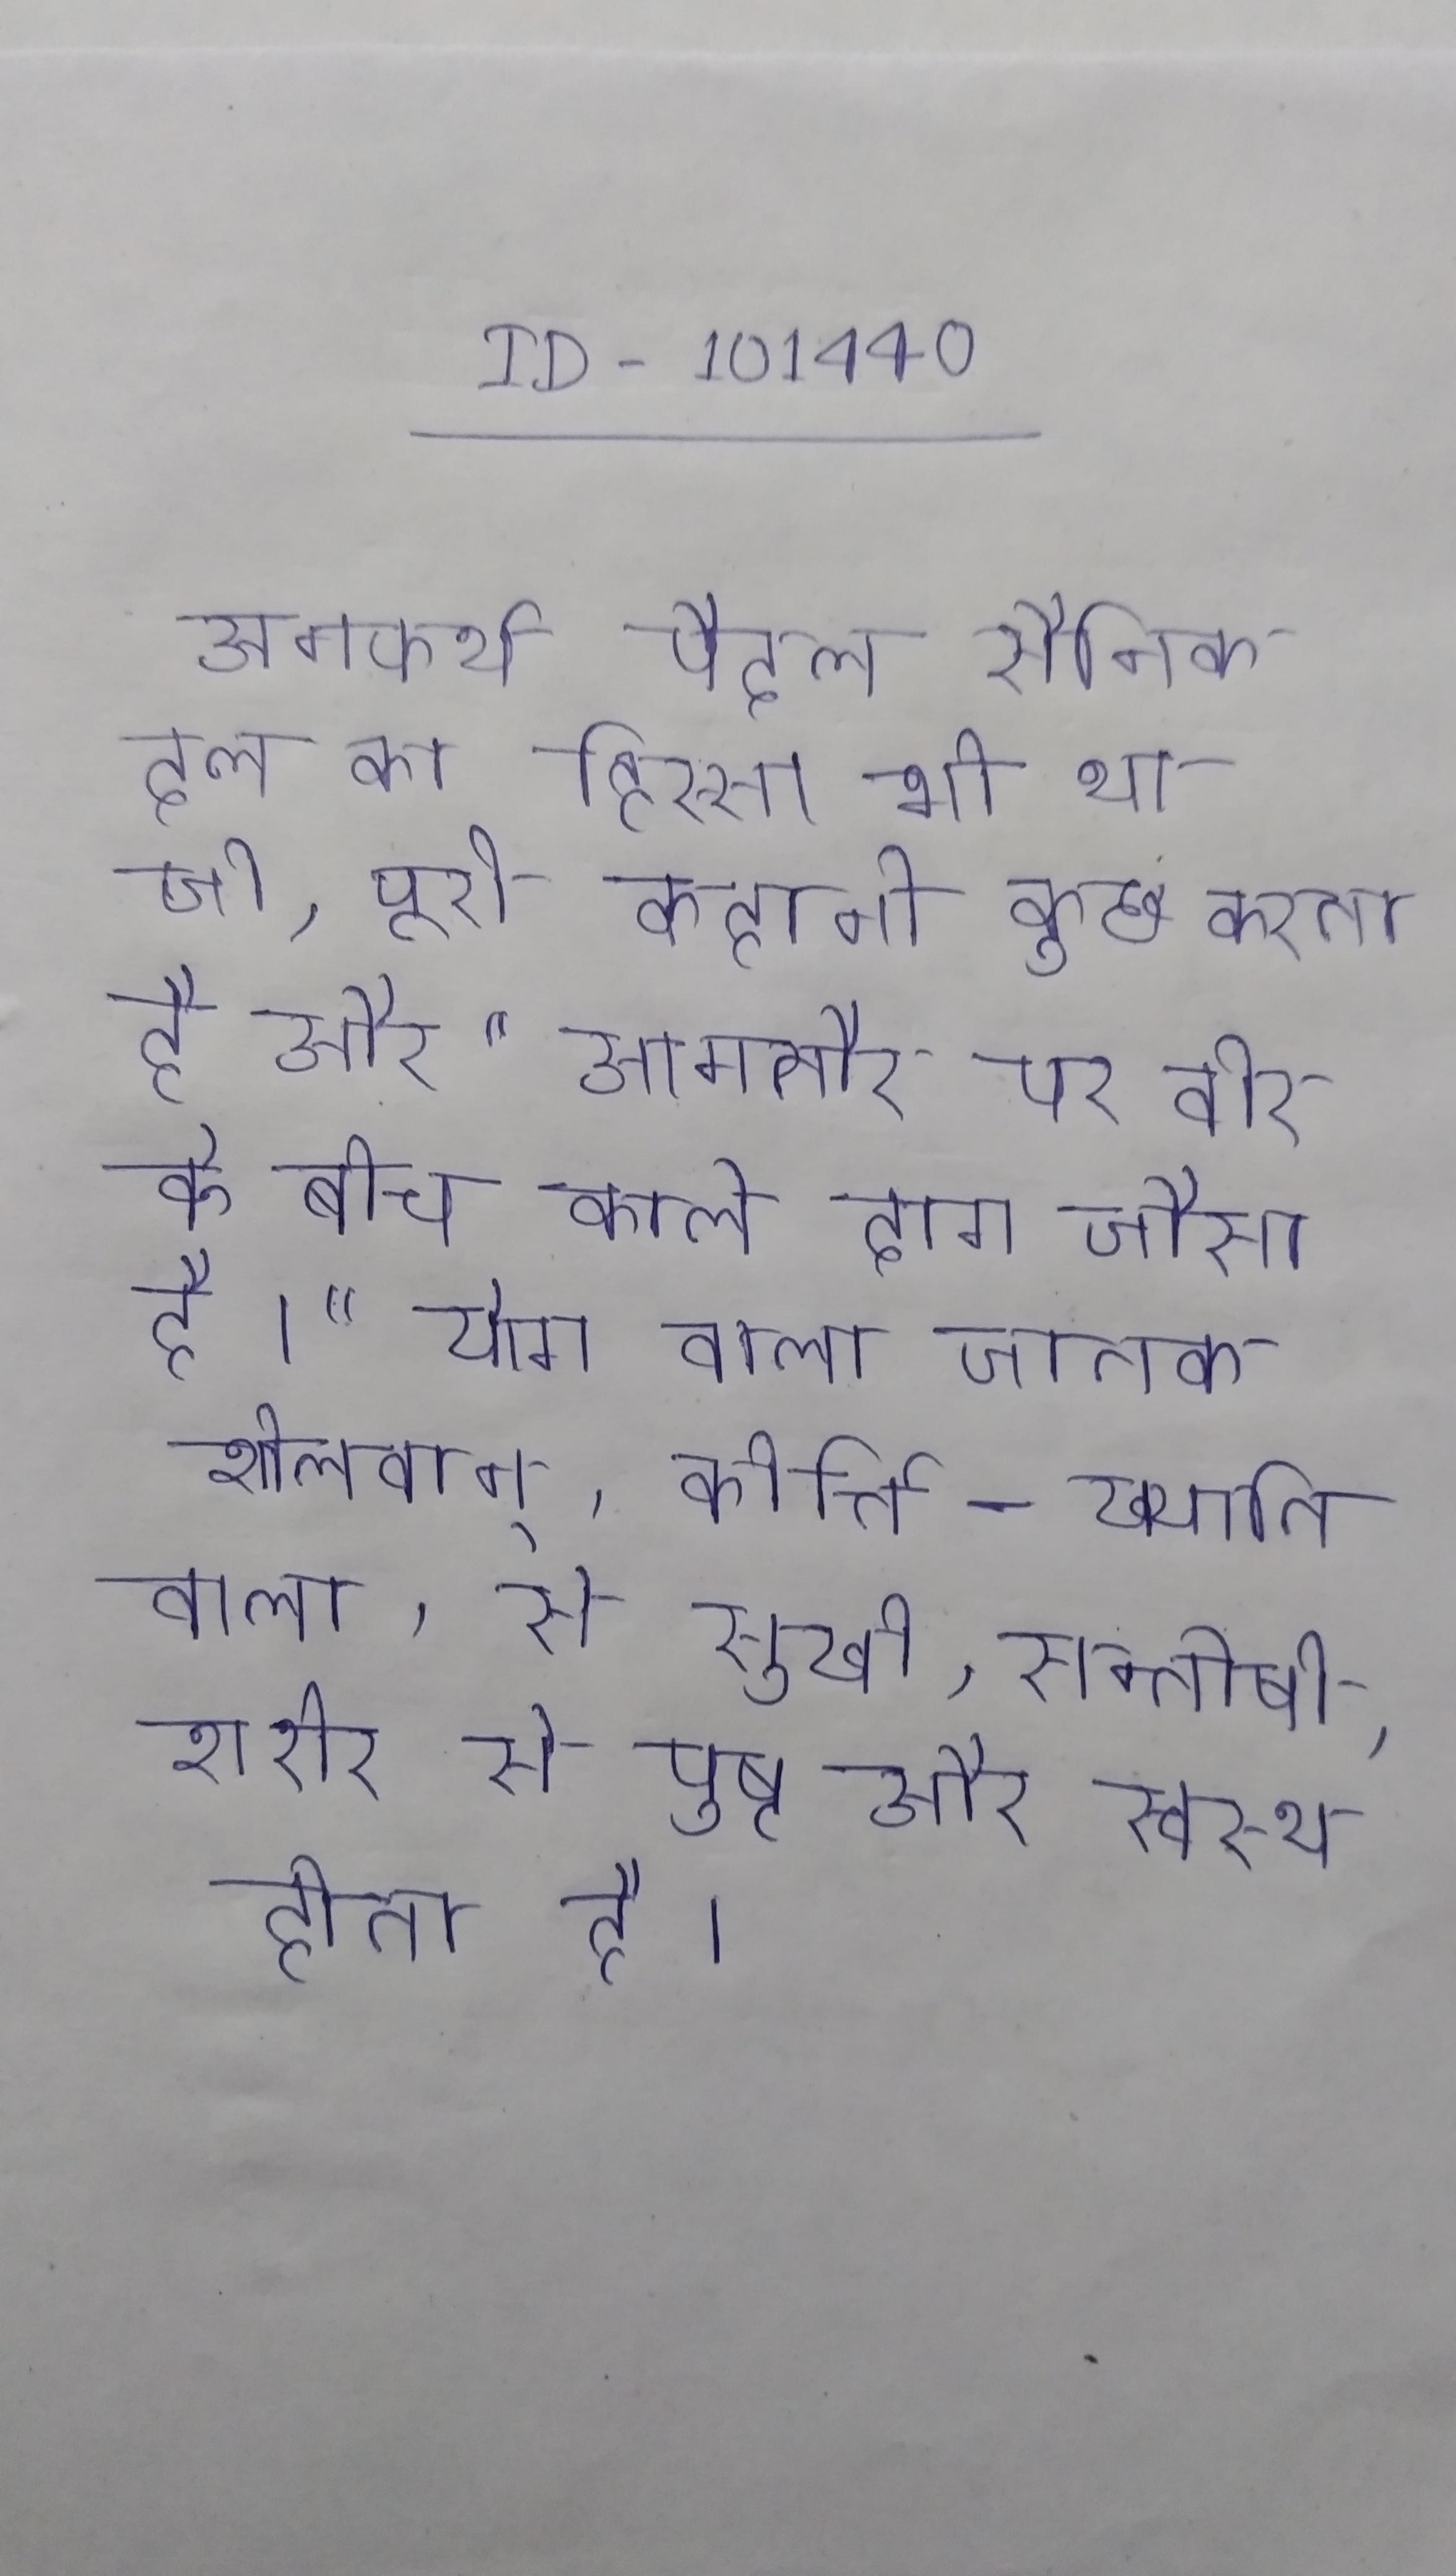
अनफर्थ पैदल सैनिक दल का हिस्सा भी था, जो, पूरी कहानी कुछ करता है और "आमतौर पर वीर के बीच काले दाग जैसा है।" योग वाला जातक शीलवान्, कीर्त्ति-ख्याति वाला, से सुखी, सन्तोषी, शरीर से पुष्ट और स्वस्थ होता है ।